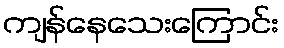
ကျန်နေသေးကြောင်း